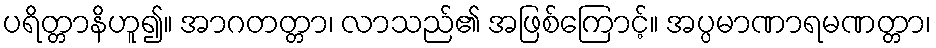
ပရိတ္တာနိဟူ၍။ အာဂတတ္တာ၊ လာသည်၏ အဖြစ်ကြောင့်။ အပ္ပမာဏာရမဏတ္တာ၊